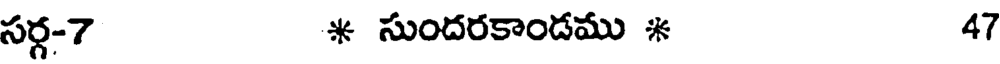
సర్గ-7 * సుందరకాండము * 47